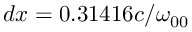
d x = 0 . 3 1 4 1 6 c / \omega _ { 0 0 }